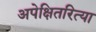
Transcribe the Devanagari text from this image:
अपेक्षितरित्या